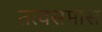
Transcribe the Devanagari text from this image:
तत्वसमास